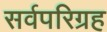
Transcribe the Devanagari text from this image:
सर्वपरिग्रह